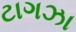
ટાગઝા